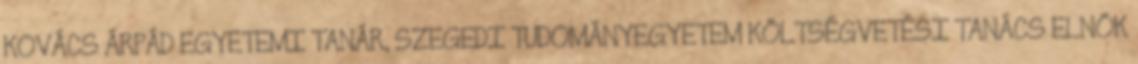
KOVÁCS ÁRPÁD EGYETEMI TANÁR, SZEGEDI TUDOMÁNYEGYETEM KÖLTSÉGVETÉSI TANÁCS ELNÖK